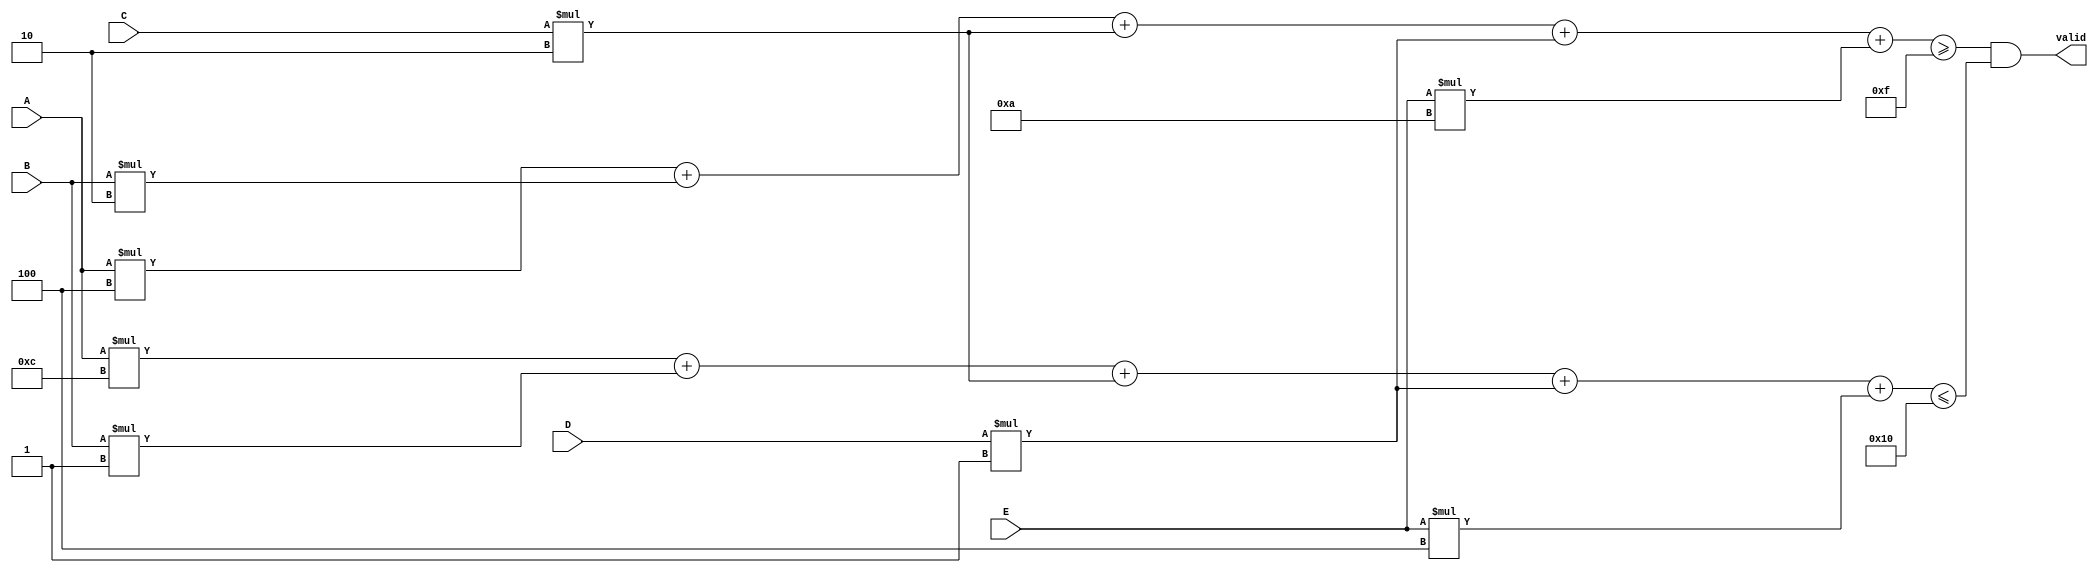

module single (A, B, C, D, E, valid);
    input A, B, C, D, E;
    output valid;

    wire [4:0] min_value = 5'd15;
    wire [4:0] max_weight = 5'd16;

    wire [4:0]  total_value = 
        A * 5'd4
      + B * 5'd2
      + C * 5'd2
      + D * 5'd1
      + E * 5'd10;

    wire [4:0]  total_weight = 
        A * 5'd12
      + B * 5'd1
      + C * 5'd2
      + D * 5'd1
      + E * 5'd4;

assign valid = ((total_value >= min_value) && (total_weight <= max_weight));
endmodule